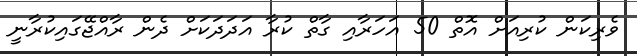
ވެރިކަން ކުރިއަށް އޮތް 50 އަހަރާއި ގާތް ކުރާ އަދަދަކަށް ދެން ރާއްޖޭގައިކުރާނީ